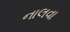
નાલવા